Lunatic asylums Central Provinces reports 1895-1909 - 1895-1909
Year: 1895
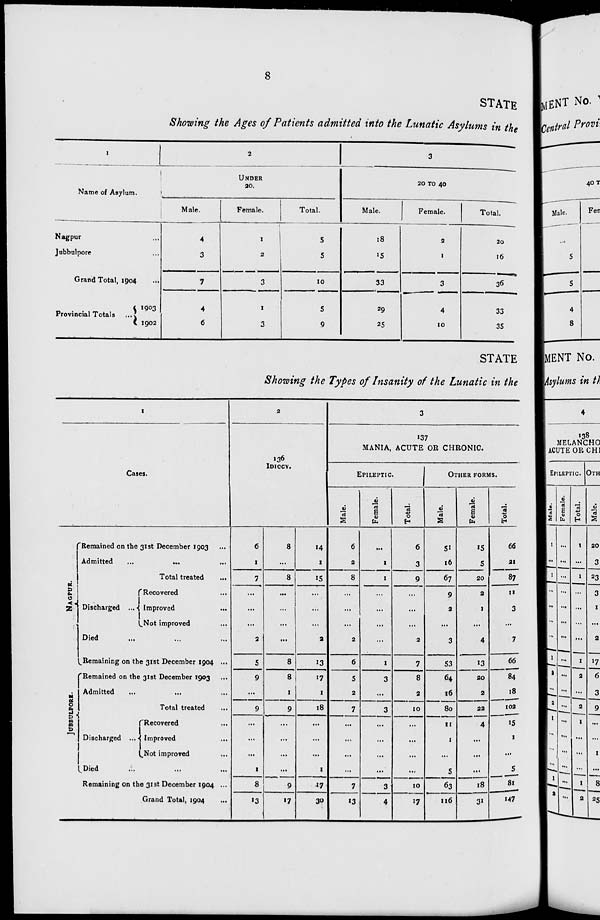
8
STATE
Showing the Ages of Patients admitted into the Lunatic Asylums in the
1
Name of Asylum.
Nagpur ...
Jubbulpore ...
Grand Total, 1904 ...
Provincial Totals ...
1903
1902
2
UNDER
20.
Male.
4
3
7
4
6
Female.
1
2
3
1
3
Total.
5
5
10
5
9
3
20 TO 40
Male.
18
15
33
29
25
Female.
2
1
3
4
10
Total.
20
16
36
33
35
STATE
Showing the Types of Insanity of the Lunatic in the
1
Cases.
NAGPUR.
JUBBULPORE.
Remained on the 31st December 1903 ...
Admitted
...
... ...
Total treated
...
Discharged ...
Recovered ...
Improved ...
Not improved ...
Died ... ... ...
Remaining on the 31st December 1904 ...
Remained on the 31st December 1903 ...
Admitted ... ... ...
Total treated ...
Discharged ...
Recovered ...
Improved ...
Not improved ...
Died ... ... ...
Remaining on the 31st December 1904 ...
Grand Total, 1904 ...
2
136
IDIOCY.
6
1
7
...
...
...
2
5
9
...
9
...
...
...
1
8
13
8
...
8
...
...
...
...
8
8
1
9
...
...
...
...
9
17
14
1
15
...
...
...
2
13
17
1
18
...
...
...
1
17
30
3
137
MANIA, ACUTE OR CHRONIC.
EPILEPTIC.
Male.
6
2
8
...
...
...
2
6
5
2
7
...
...
...
...
7
13
Female.
...
1
1
...
...
...
...
1
3
...
3
...
...
...
...
3
4
Total.
6
3
9
...
...
...
2
7
8
2
10
...
...
...
...
10
17
OTHER FORMS.
Male.
51
16
67
9
2
...
3
53
64
16
80
11
1
...
5
63
116
Female.
15
5
20
2
1
...
4
13
20
2
22
4
...
...
...
18
31
Total.
66
21
87
11
3
...
7
66
84
18
102
15
1
...
5
81
147